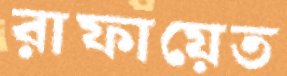
রাফায়েত